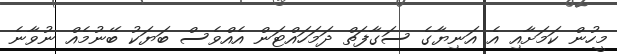
މީހުން ކަމަށާއި އެ އަނިޔާގެ ސަގާފަތް ދަމަހައްޓަން އެއްވެސް ބަޔަކު ބޭނުމެއް ނުވާނެ